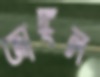
জাঙ্গল